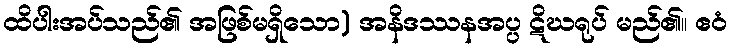
ထိပါးအပ်သည်၏ အဖြစ်မရှိသော) အနိဒဿနအပ္ပ ဋိဃရုပ် မည်၏။ ဧဝံ